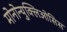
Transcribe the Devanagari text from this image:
मोनोन्युक्लिओसिस